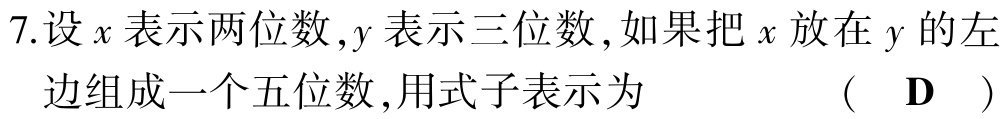
7.设\(x\)表示两位数，\(y\)表示三位数，如果把\(x\)放在\(y\)的左边组成一个五位数，用式子表示为 （ \(\mathbf{D}\) ）